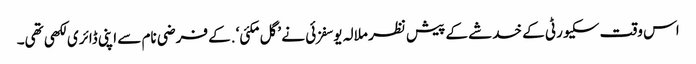
اس وقت سکیورٹی کے خدشے کے پیش نظر ملالہ یوسفزئی نے ’گل مکئی‘ .کے فرضی نام سے اپنی ڈائری لکھی تھی۔